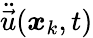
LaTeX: \ddot{\vec{u}}(\boldsymbol{x}_{k},t)